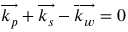
\overrightarrow { k _ { p } } + \overrightarrow { k _ { s } } - \overrightarrow { k _ { w } } = 0